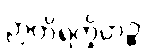
ဉာတိရက္ခိတဉ္စ